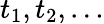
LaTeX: t_{1},t_{2},\ldots